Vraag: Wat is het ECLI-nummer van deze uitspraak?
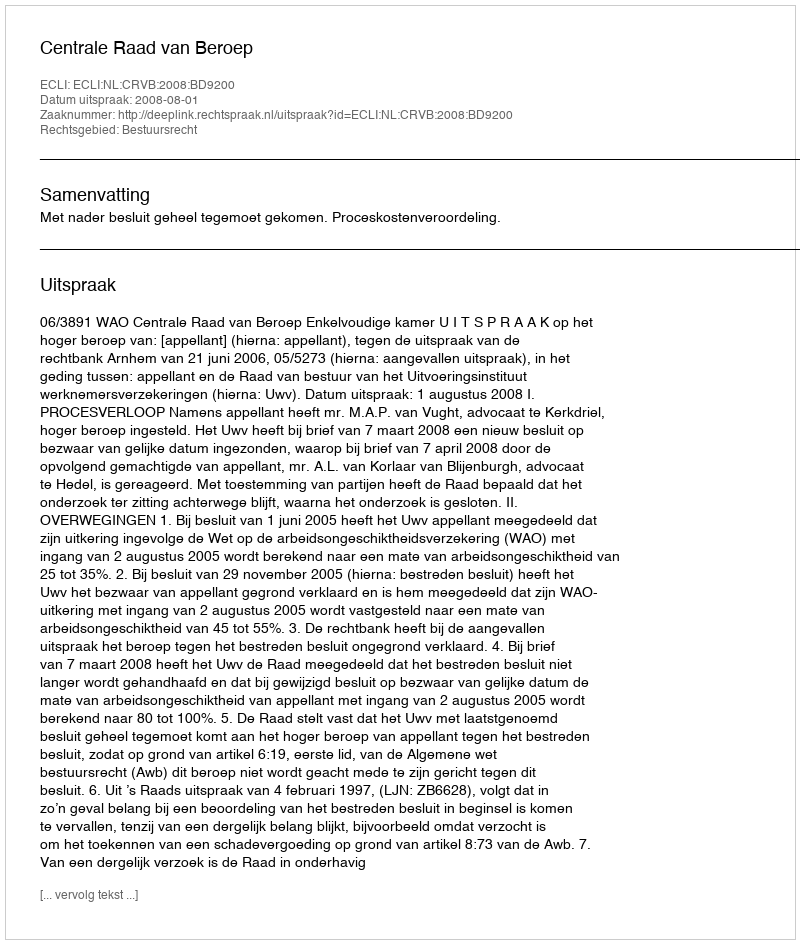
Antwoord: ECLI:NL:CRVB:2008:BD9200